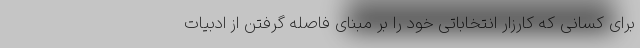
برای کسانی که کارزار انتخاباتی خود را بر مبنای فاصله گرفتن از ادبیات